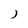
Character: J